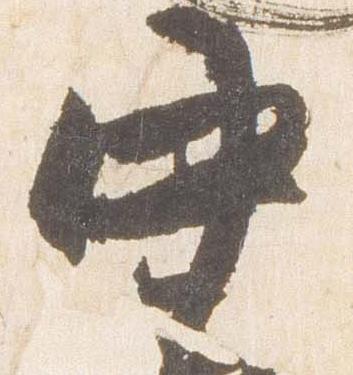
中